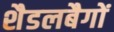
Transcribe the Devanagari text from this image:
शैडलबैगों